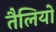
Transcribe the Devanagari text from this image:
तैलियों